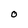
Character: O